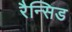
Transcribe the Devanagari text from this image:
रैन्सिड